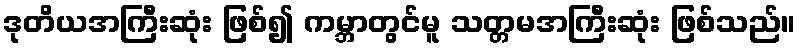
ဒုတိယအကြီးဆုံး ဖြစ်၍ ကမ္ဘာတွင်မူ သတ္တမအကြီးဆုံး ဖြစ်သည်။